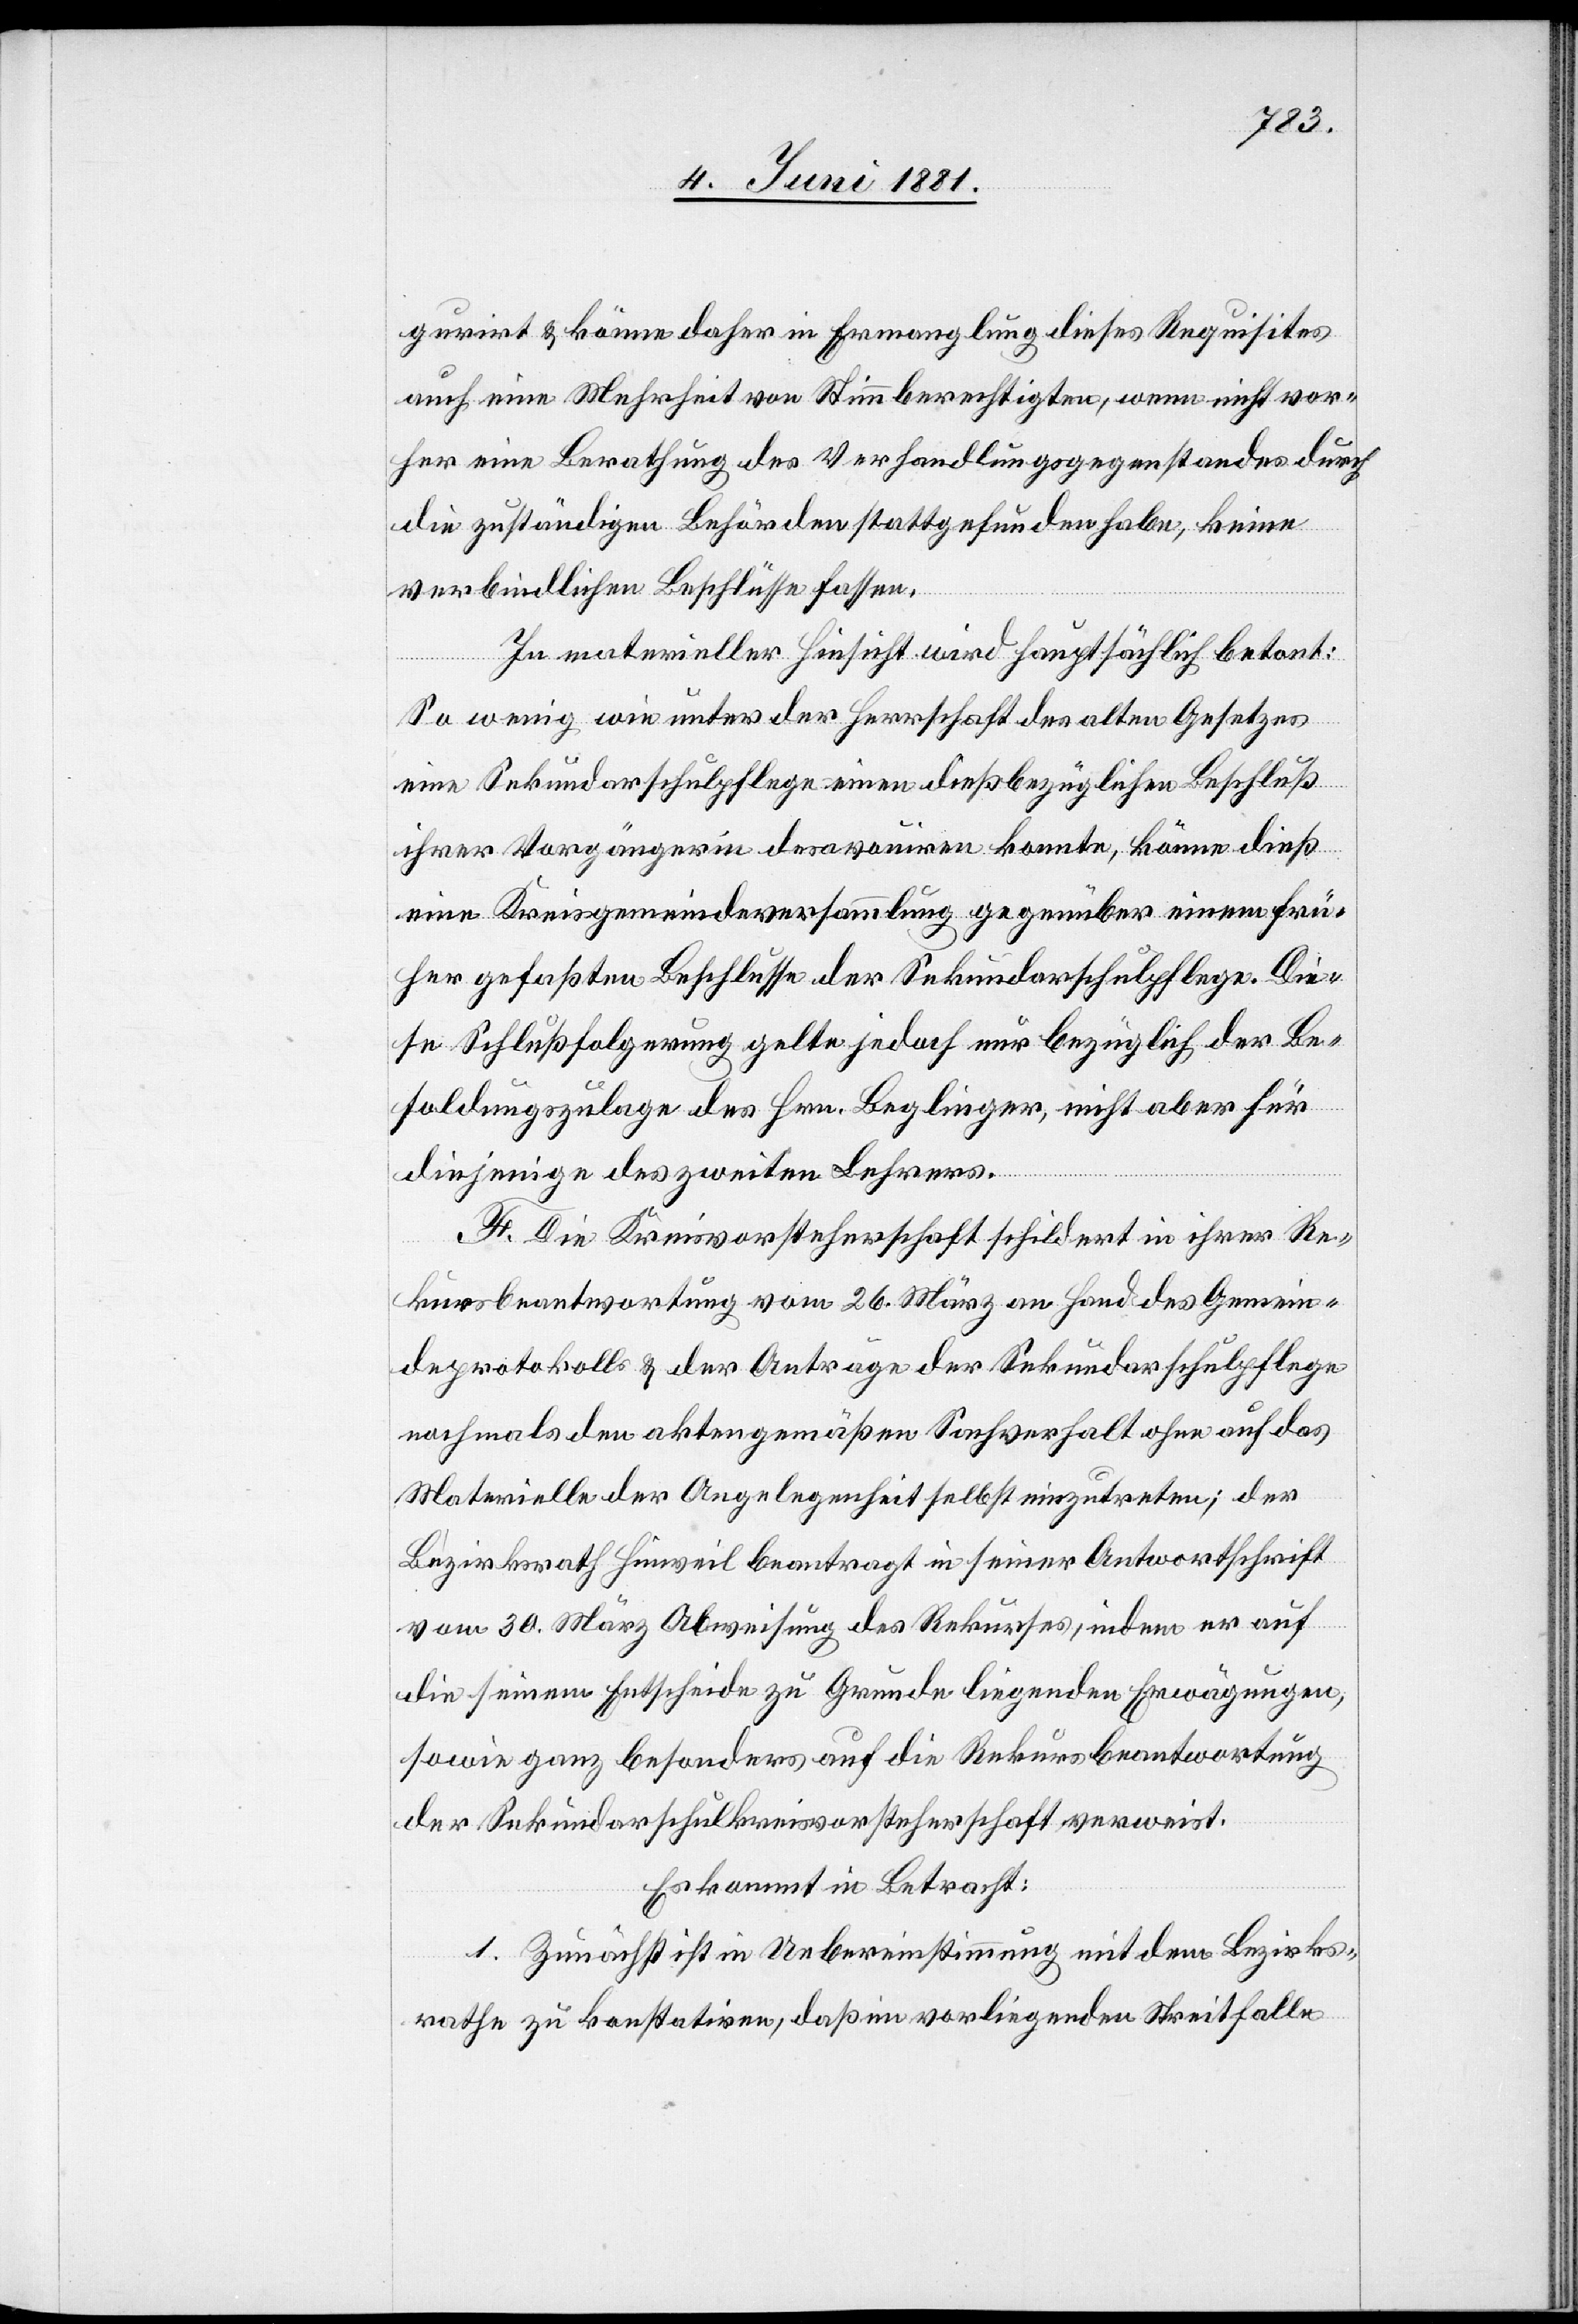
gurirt & könne daher in Ermanglung dieses Requisites
auch eine Mehrheit von Stimmberechtigten, wenn nicht vor¬
her eine Berathung des Verhandlungsgegenstandes durch
die zuständigen Behörden stattgefunden habe, keine
verbindlichen Beschlüsse fassen.
In materieller Hinsicht wird hauptsächlich betont:
So wenig wie unter der Herrschaft des alten Gesetzes
eine Sekundarschulpflege einen dießbezüglichen Beschluß
ihrer Vorgängerin desavouiren konnte, könne dieß
eine Kreisgemeindeversammlung gegenüber einem frü¬
her gefaßten Beschlusse der Sekundarschulpflege. Die¬
se Schlußfolgerung gelte jedoch nur bezüglich der Be¬
soldungszulage des Hrn. Beglinger, nicht aber für
diejenige des zweiten Lehrers.
F. Die Kreisvorsteherschaft schildert in ihrer Re¬
kursbeantwortung vom 26. März an Hand des Gemein¬
deprotokolls & der Anträge der Sekundarschulpflege
nochmals den aktengenmäßen Sachverhalt ohne auf das
Materielle der Angelegenheit selbst einzutreten; der
Bezirksrath Hinweil beantragt in seiner Antwortschrift
vom 30. März Abweisung des Rekurses, indem er auf
die seinem Entscheide zu Grunde liegenden Erwägungen,
sowie ganz besonders auf die Rekursbeantwortung
der Sekundarschulkreisvorsteherschaft verweist.
Es kommt in Betracht:
1. Zunächst ist in Uebereinstimmung mit dem Bezirks¬
rathe zu konstatiren, daß im vorliegenden Streitfalle